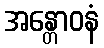
အန္တောဝနံ